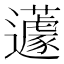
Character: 𨙊